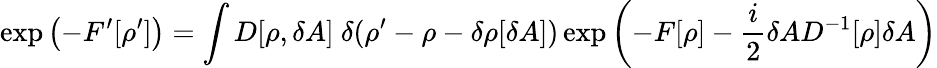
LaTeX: \exp\left(-F^{\prime}[\rho^{\prime}]\right)=\int D[\rho,\delta A]\ \delta(\rho^{\prime}-\rho-\delta\rho[\delta A])\exp\left(-F[\rho]-{\frac{i}{2}}\delta AD^{-1}[\rho]\delta A\right)